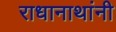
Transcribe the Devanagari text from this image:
राधानाथांनी